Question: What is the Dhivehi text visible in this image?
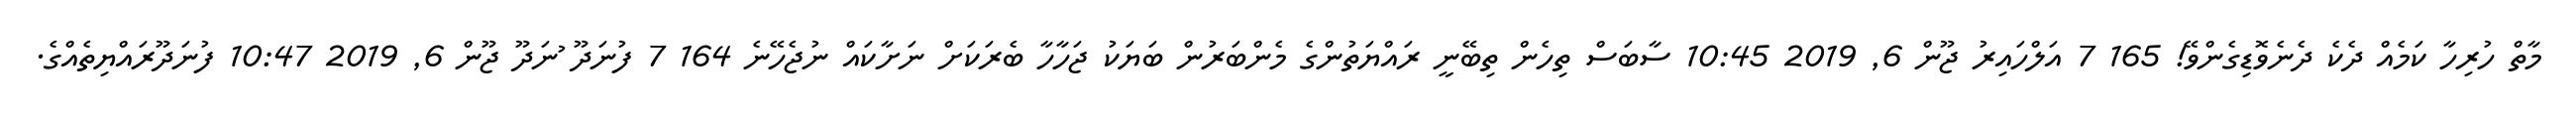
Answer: މާތް ހުރިހާ ކަމެއް ދެކެ ދެނެވޮޑިގެންވޭ! 165 7 އަލްހައިރު ޖޫން 6, 2019 10:45 ސާބަސް ތިހެން ތިބޭނީ ރައްޔަތުންގެ މެންބަރުން ބަޔަކު ޖަހާހާ ބެރަކަށް ނަށާކައް ނުޖެހޭނެ 164 7 ފުނަދޫ ުނަދޫ ޖޫން 6, 2019 10:47 ފުނަދޫރައްޔިތެއްގެ.